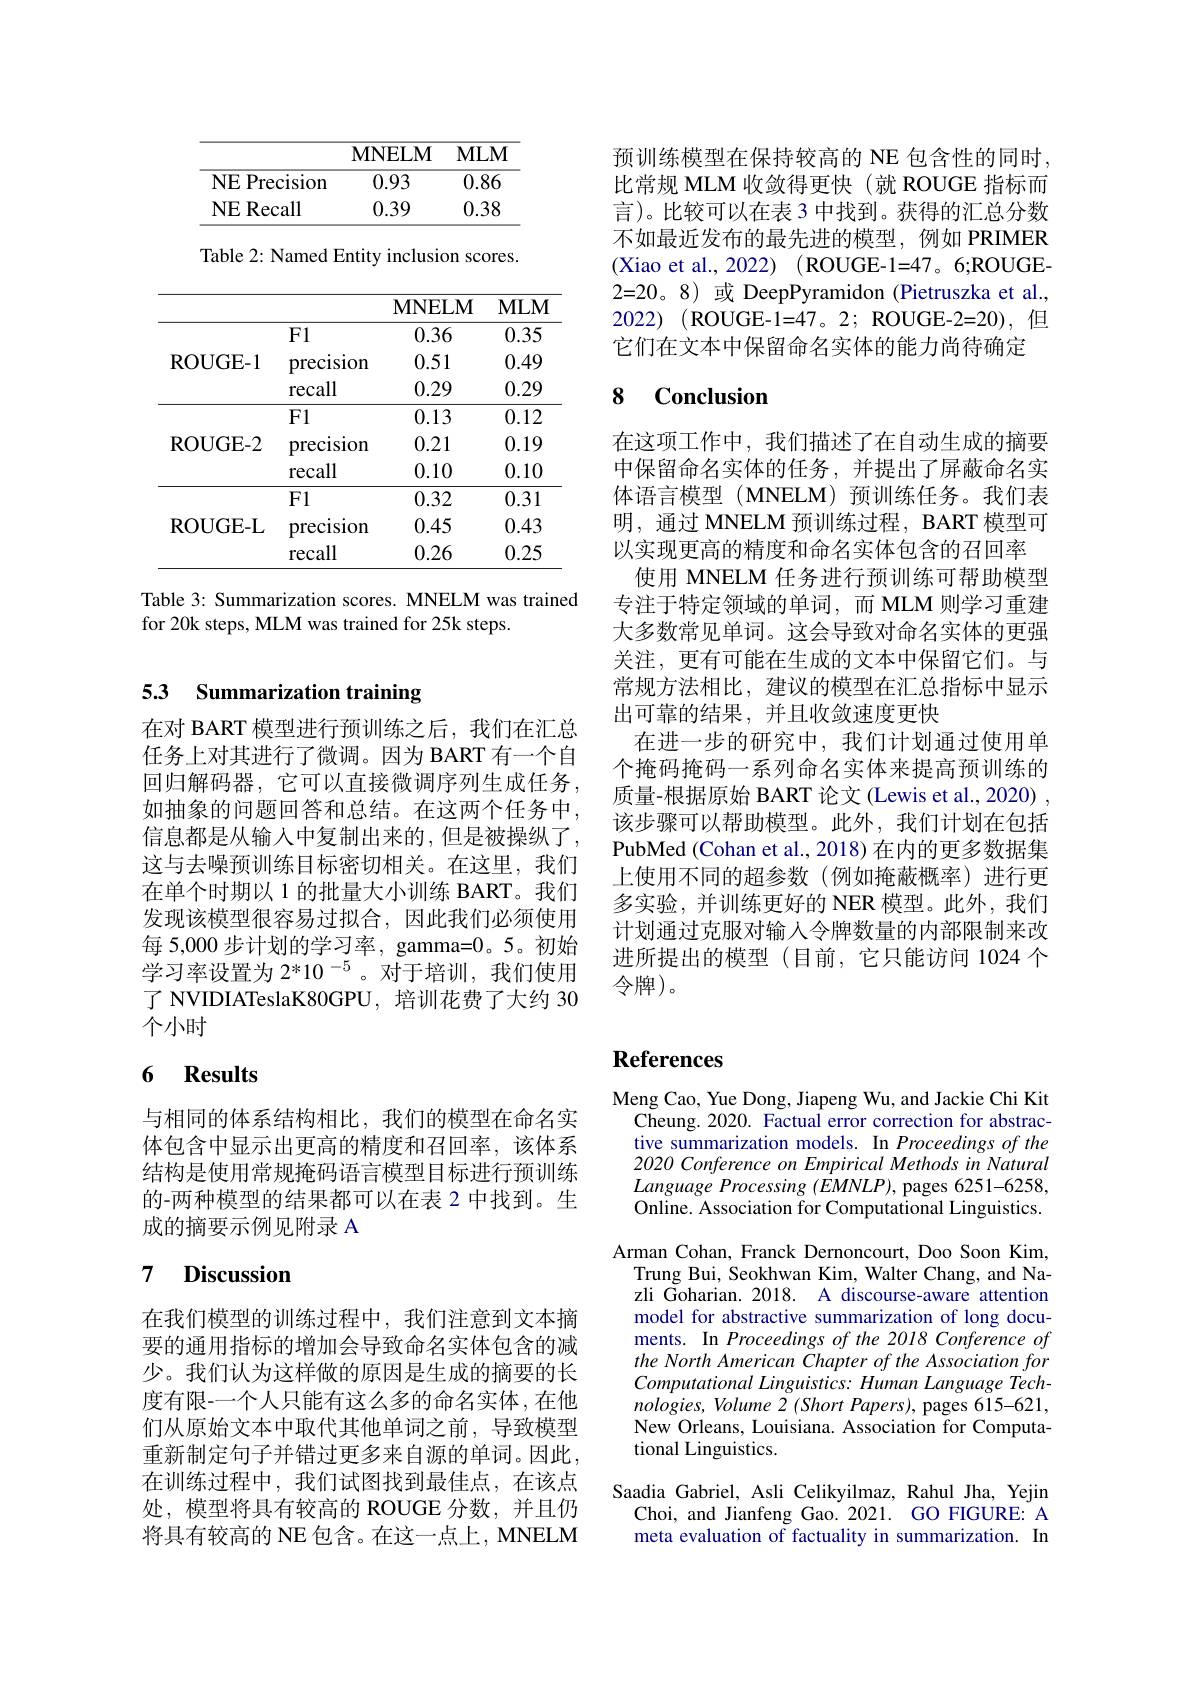
<table>
	<tbody>
		<tr>
			<th> </th>
			<th>$\mathbf{MNELM}$</th>
			<th>$MLM$</th>
		</tr>
		<tr>
			<td>$NE$ $E$ Precision $\frac{1}{2}=\frac{1}{2}=\frac{1}{2}$</td>
			<td>0.93</td>
			<td>0.86</td>
		</tr>
		<tr>
			<td>NE Recall</td>
			<td>0.39</td>
			<td>0.38</td>
		</tr>
	</tbody>
</table>

Table 2: Named Entity inclusion scores.

<table>
	<tbody>
		<tr>
			<th> </th>
			<th> </th>
			<th>$\mathbf{MNELM}$</th>
			<th>$MLM$</th>
		</tr>
		<tr>
			<td rowspan="3">ROUGE</td>
			<td>F1</td>
			<td>0.36</td>
			<td>0.35</td>
		</tr>
		<tr>
			<td>$i-1$ prec1S1on</td>
			<td>0.51</td>
			<td>0.49</td>
		</tr>
		<tr>
			<td>recall</td>
			<td>0.29</td>
			<td>0.29</td>
		</tr>
		<tr>
			<td> </td>
			<td>F1</td>
			<td>0.13</td>
			<td>0.12</td>
		</tr>
		<tr>
			<td rowspan="2">ROUGE</td>
			<td>;-2 precision</td>
			<td>0.21</td>
			<td>0.19</td>
		</tr>
		<tr>
			<td>recall</td>
			<td>0.10</td>
			<td>0.10</td>
		</tr>
		<tr>
			<td> </td>
			<td>$F1$</td>
			<td>0.32</td>
			<td>0.31</td>
		</tr>
		<tr>
			<td rowspan="2">ROUGE</td>
			<td>,-L prec1s1on</td>
			<td>0.45</td>
			<td>0.43</td>
		</tr>
		<tr>
			<td>recall</td>
			<td>0.26</td>
			<td>0.25</td>
		</tr>
	</tbody>
</table>

Table 3: Summarization scores. MNELM was trained
for 20k steps, MLM was trained for 25k steps.

### 5.3 Summarization training

在对 BART 模型进行预训练之后，我们在汇总任务上对其进行了微调。因为 BART 有一个自回归解码器，它可以直接微调序列生成任务如抽象的问题回答和总结。在这两个任务中， 信息都是从输入中复制出来的，但是被操纵了这与去噪预训练目标密切相关。在这里，我们在单个时期以 1 的批量大小训练 BART。我们发现该模型很容易过拟合，因此我们必须使用每 5,000 步计划的学习率，gamma=0。5。初始学习率设置为 2*10 -5 。对于培训，我们使用了 NVIDIATeslaK80GPU, 培训花费了大约 30个小时

## 6 Results

与相同的体系结构相比，我们的模型在命名实体包含中显示出更高的精度和召回率，该体系结构是使用常规掩码语言模型目标进行预训练的-两种模型的结果都可以在表 2 中找到。生成的摘要示例见附录 A

# 7 Discussion

在我们模型的训练过程中，我们注意到文本摘要的通用指标的增加会导致命名实体包含的减少。我们认为这样做的原因是生成的摘要的长度有限-一个人只能有这么多的命名实体，在他们从原始文本中取代其他单词之前，导致模型重新制定句子并错过更多来自源的单词。因此， 在训练过程中，我们试图找到最佳点，在该点处，模型将具有较高的 ROUGE 分数，并且仍将具有较高的 NE 包含。在这一点上，MNELM

预训练模型在保持较高的 NE 包含性的同时， 比常规 MLM 收敛得更快 (就 ROUGE 指标而言)。比较可以在表 3 中找到。获得的汇总分数不如最近发布的最先进的模型，例如 PRIMER (Xiao et al., 2022) (ROUGE-1=47。6;ROUGE- 2=20。8) 或 DeepPyramidon (Pietruszka et al., 它们在文本中保留命名实体的能力尚待确定

# 8 Conclusion

在这项工作中，我们描述了在自动生成的摘要中保留命名实体的任务，并提出了屏蔽命名实体语言模型(MNELM)预训练任务。我们表明，通过 MNELM 预训练过程，BART 模型可以实现更高的精度和命名实体包含的召回率
使用 MNELM 任务进行预训练可帮助模型专注于特定领域的单词，而 MLM 则学习重建大多数常见单词。这会导致对命名实体的更强关注，更有可能在生成的文本中保留它们。与常规方法相比，建议的模型在汇总指标中显示出可靠的结果，并且收敛速度更快
在进一步的研究中，我们计划通过使用单个掩码掩码一系列命名实体来提高预训练的质量-根据原始 BART 论文 (Lewis et al., 2020) , 该步骤可以帮助模型。此外，我们计划在包括PubMed (Cohan et al., 2018) 在内的更多数据集上使用不同的超参数(例如掩蔽概率)进行更多实验，并训练更好的 NER 模型。此外，我们计划通过克服对输入令牌数量的内部限制来改进所提出的模型(目前，它只能访问 1024 个令牌)。

# References

Meng Cao, Yue Dong, Jiapeng Wu, and Jackie Chi Kit
Cheung. 2020. Factual error correction for abstractive summarization models. In Proceedings of the 2020 Conference on Empirical Methods in Natural $Language\textit{ Processing }( EMNLP) $,pages 6251-6258, Online. Association for Computational Linguistics.
Arman Cohan, Franck Dernoncourt, Doo Soon Kim,
Trung Bui, Seokhwan Kim, Walter Chang, and Nazli Goharian. 2018. A discourse-aware attention model for abstractive summarization of long documents. In Proceedings of the 2018 Conference of the North American Chapter of the Association for Computational Linguistics: Human Language Tech- $nologies, Volume2( Short\textit{Papers}) $, pages 615-621, New Orleans, Louisiana. Association for Computational Linguistics.

Saadia Gabriel, Asli Celikyilmaz, Rahul Jha, Yejin
Choi, and Jianfeng Gao. 2021. GO FIGURE: A meta evaluation of factuality in summarization. In